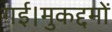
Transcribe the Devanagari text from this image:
गई।मुकद्दमों